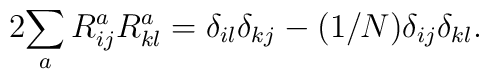
2\displaystyle{\sum_a R^a_{ij}R^a_{kl}= \delta_{il}\delta_{kj} -(1/N) \delta_{ij}\delta_{kl}}.